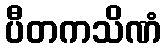
ပီတကသိဏံ